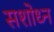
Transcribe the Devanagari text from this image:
सशोध्न